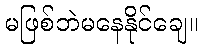
မဖြစ်ဘဲမနေနိုင်ချေ။